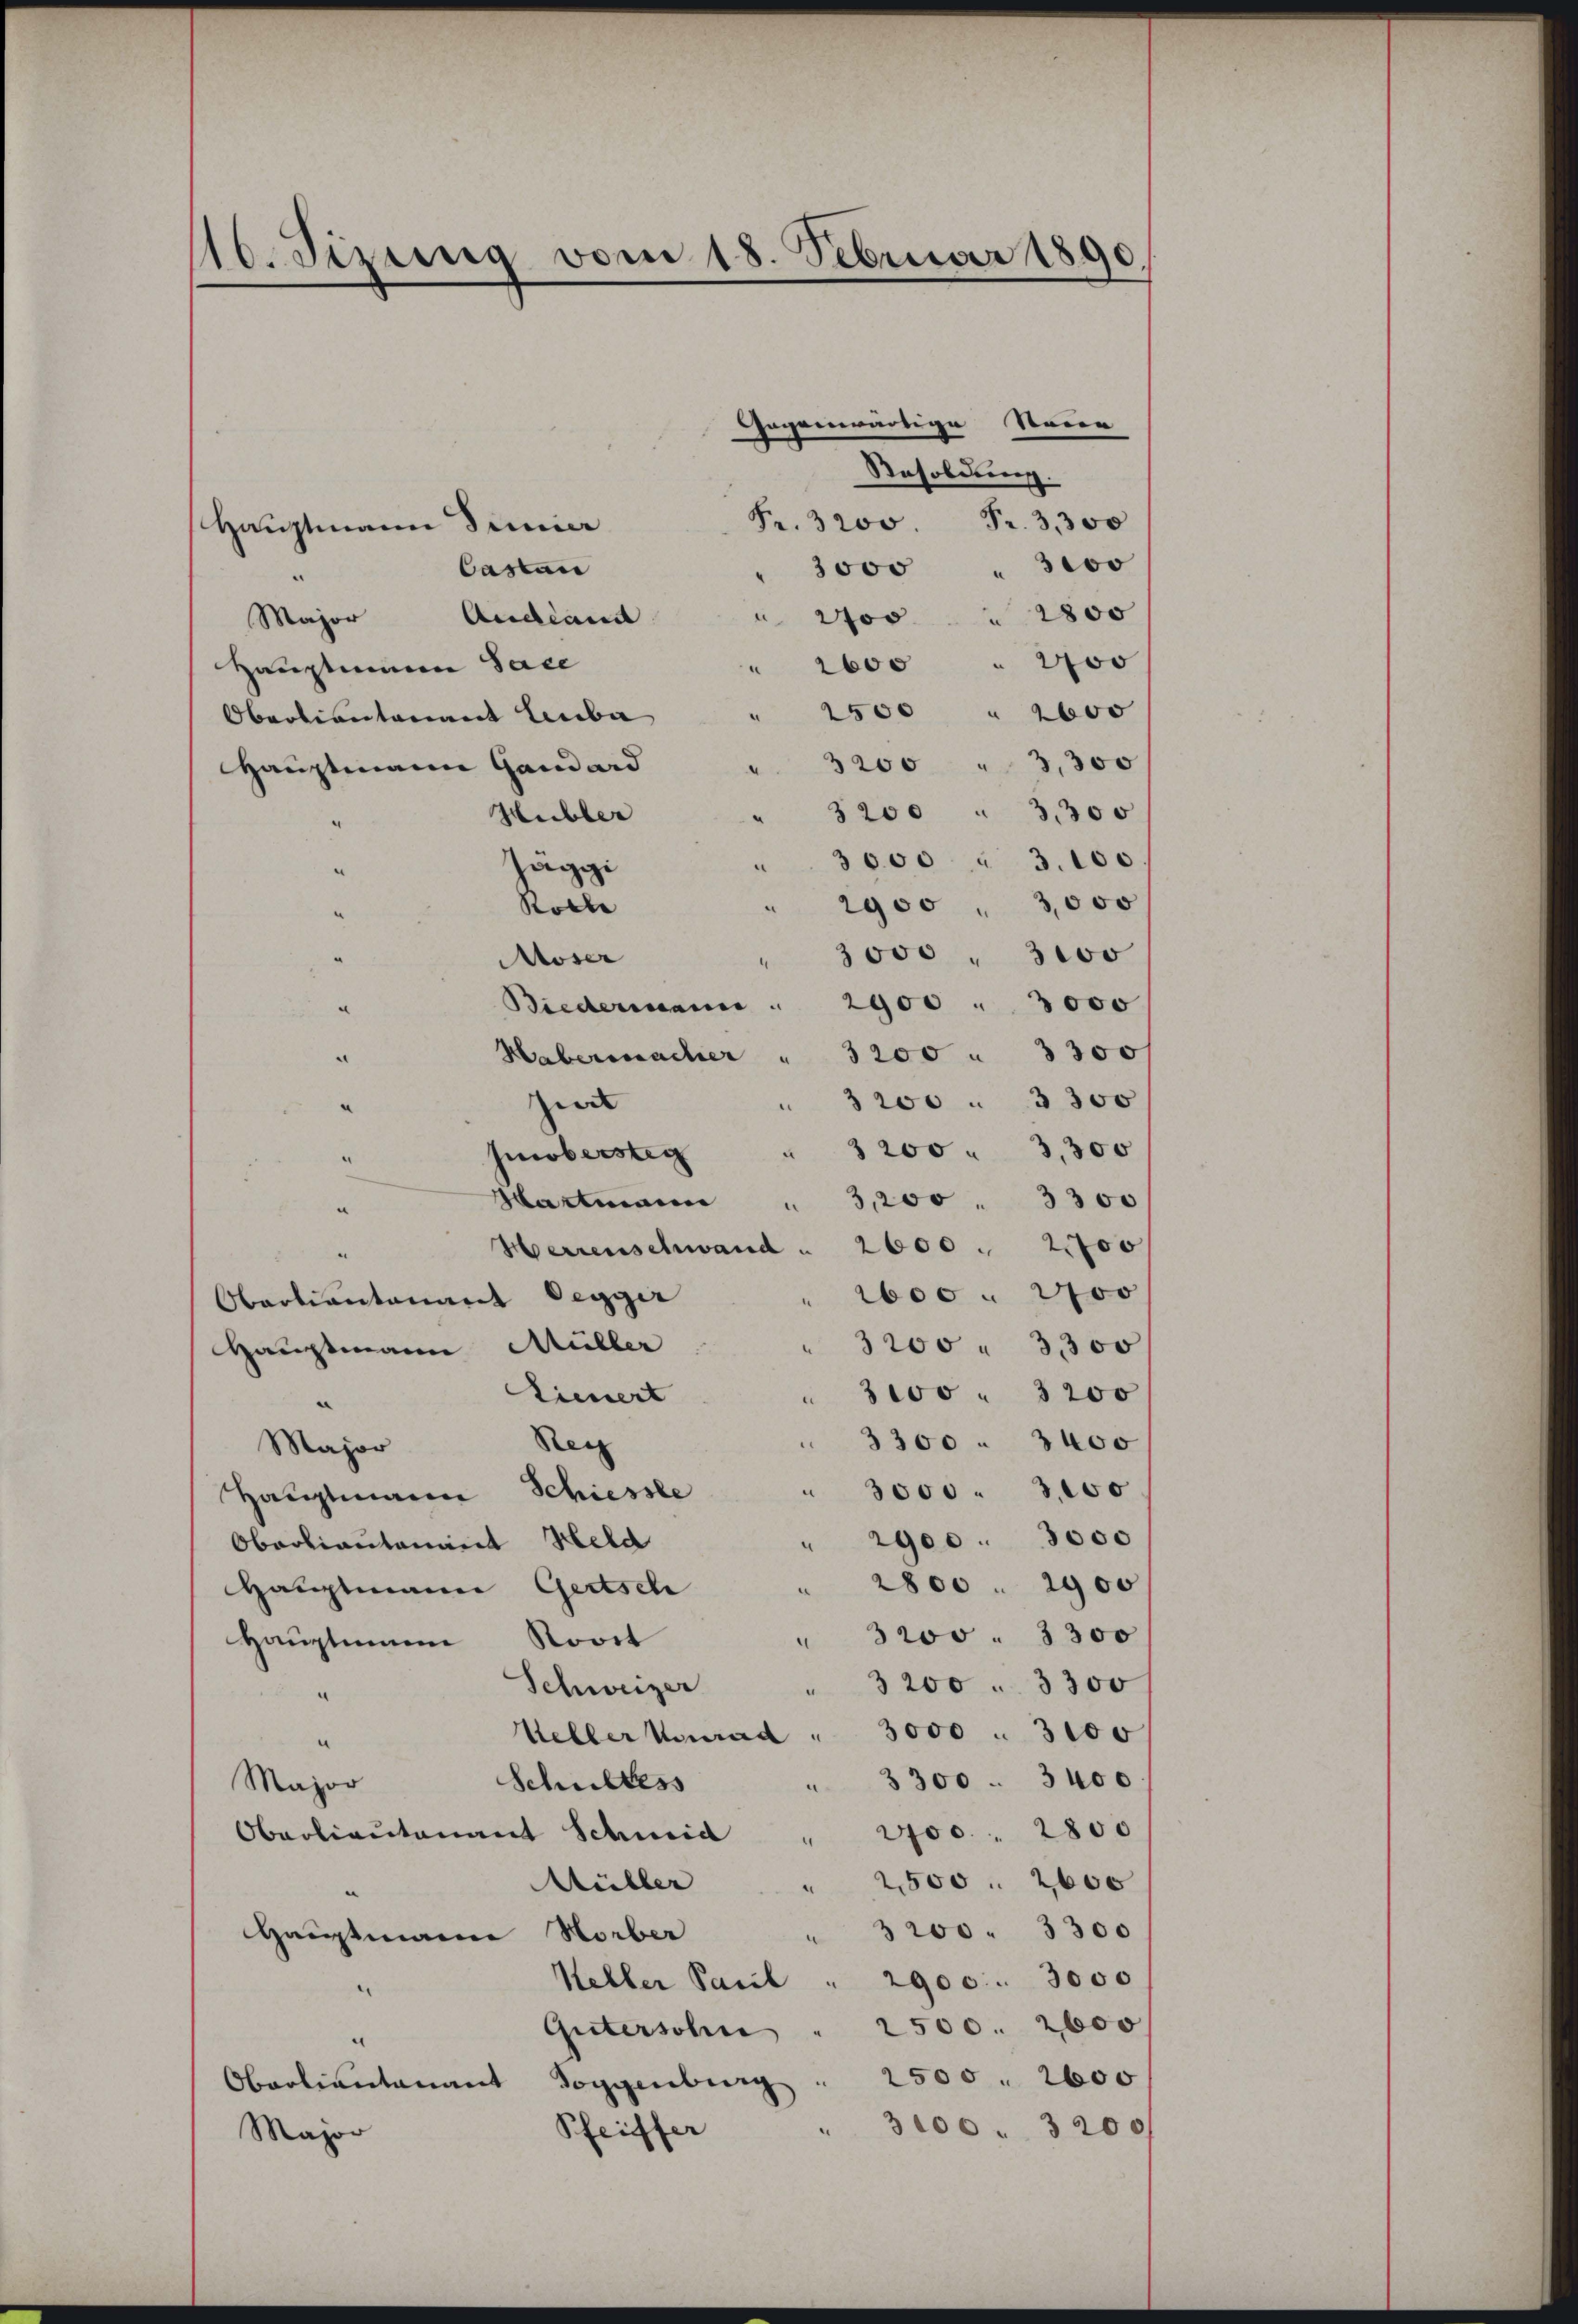
10. Sizung vom 18. Februar 1890.

d

Gegenwärtige Steuer
Resoldung.
Fr. 3200.
Hauptmann Sinner
Castan
Major Audeand
Hauptmann Sace
Obertientenant Luber
Hauptmann Gandard
Hubler
Jäggi
.
.
Rolle
3000 " 3000
Moser
Biedermanis
Habermacher  "   3200 " 8300
we |
zoberstig
Hartmann " 3,200 " 3300
e
Herrenschwand . 2600 . 2700
Obartientenant Oegger
Hauptmann Müller
Lienert
Rei
Major
Hauptmann Schiessle
Oberlieutenant Held
Hauptmann Gertsch
Hauptmann Roost
Schweizer
“
Heller Konrad " 3000 " 3000
a
Schultes
Major
a
Oberlieutenant Schmid " 2700 " 2800
Müller
Hauptmann Horber
Keller Paul " 2900. 3000
Giitersohn
Oberlieutenant Joggenburg " 2500. 2600
3100. 3200
Pfeiffer
Major

Fr. 3,300
3000 " 3000
" 2700 " 2800
2600 " 3000
2500 " 2600
" 3200 " 3,300
3200 " 3,300
3000 " 3100.
2900 " 3000
2900 " 3000
3 200 " 3300
3 200 " 3,300
2600 " 3000
"3 200 " 3300
3 000 " 3200
3300. 3400
" 3000. 3000
2900. 3000
2800. 2900
" 3200. 3300
3200. 3300
3300. 3400.
" 2500. 2600
3 200. 3300
2500. 2600